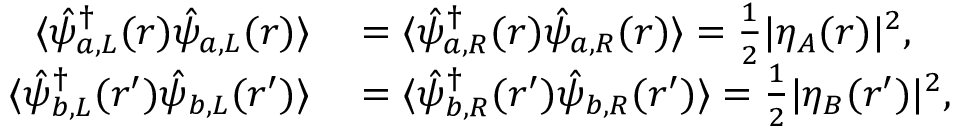
\begin{array} { r l } { \langle \hat { \psi } _ { a , L } ^ { \dagger } ( \boldsymbol { r } ) \hat { \psi } _ { a , L } ( \boldsymbol { r } ) \rangle } & { { } = \langle \hat { \psi } _ { a , R } ^ { \dagger } ( \boldsymbol { r } ) \hat { \psi } _ { a , R } ( \boldsymbol { r } ) \rangle = \frac { 1 } { 2 } | \eta _ { A } ( \boldsymbol { r } ) | ^ { 2 } , } \\ { \langle \hat { \psi } _ { b , L } ^ { \dagger } ( \boldsymbol { r } ^ { \prime } ) \hat { \psi } _ { b , L } ( \boldsymbol { r } ^ { \prime } ) \rangle } & { { } = \langle \hat { \psi } _ { b , R } ^ { \dagger } ( \boldsymbol { r } ^ { \prime } ) \hat { \psi } _ { b , R } ( \boldsymbol { r } ^ { \prime } ) \rangle = \frac { 1 } { 2 } | \eta _ { B } ( \boldsymbol { r } ^ { \prime } ) | ^ { 2 } , } \end{array}